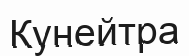
Кунейтра